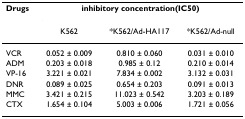
<table><thead><tr><td><b>Drugs</b></td><td colspan="3"><b>inhibitory concentration(IC50)</b></td></tr><tr><td></td><td><b>K562</b></td><td><b>*K562/Ad-HA117</b></td><td><b>*K562/Ad-null</b></td></tr></thead><tbody><tr><td>VCR</td><td>0.052 ± 0.009</td><td>0.810 ± 0.060</td><td>0.031 ± 0.010</td></tr><tr><td>ADM</td><td>0.203 ± 0.018</td><td>0.985 ± 0.12</td><td>0.210 ± 0.014</td></tr><tr><td>VP-16</td><td>3.221 ± 0.021</td><td>7.834 ± 0.002</td><td>3.132 ± 0.031</td></tr><tr><td>DNR</td><td>0.089 ± 0.025</td><td>0.654 ± 0.203</td><td>0.091 ± 0.013</td></tr><tr><td>MMC</td><td>3.421 ± 0.215</td><td>11.023 ± 0.542</td><td>3.203 ± 0.189</td></tr><tr><td>CTX</td><td>1.654 ± 0.104</td><td>5.003 ± 0.006</td><td>1.721 ± 0.056</td></tr></tbody></table>